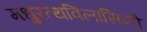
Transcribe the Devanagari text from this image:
मधुरत्थविलासिनी